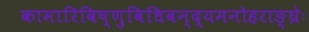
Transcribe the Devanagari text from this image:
कामारिविष्णुविधिवन्द्यमनोहराङ्घ्रेः